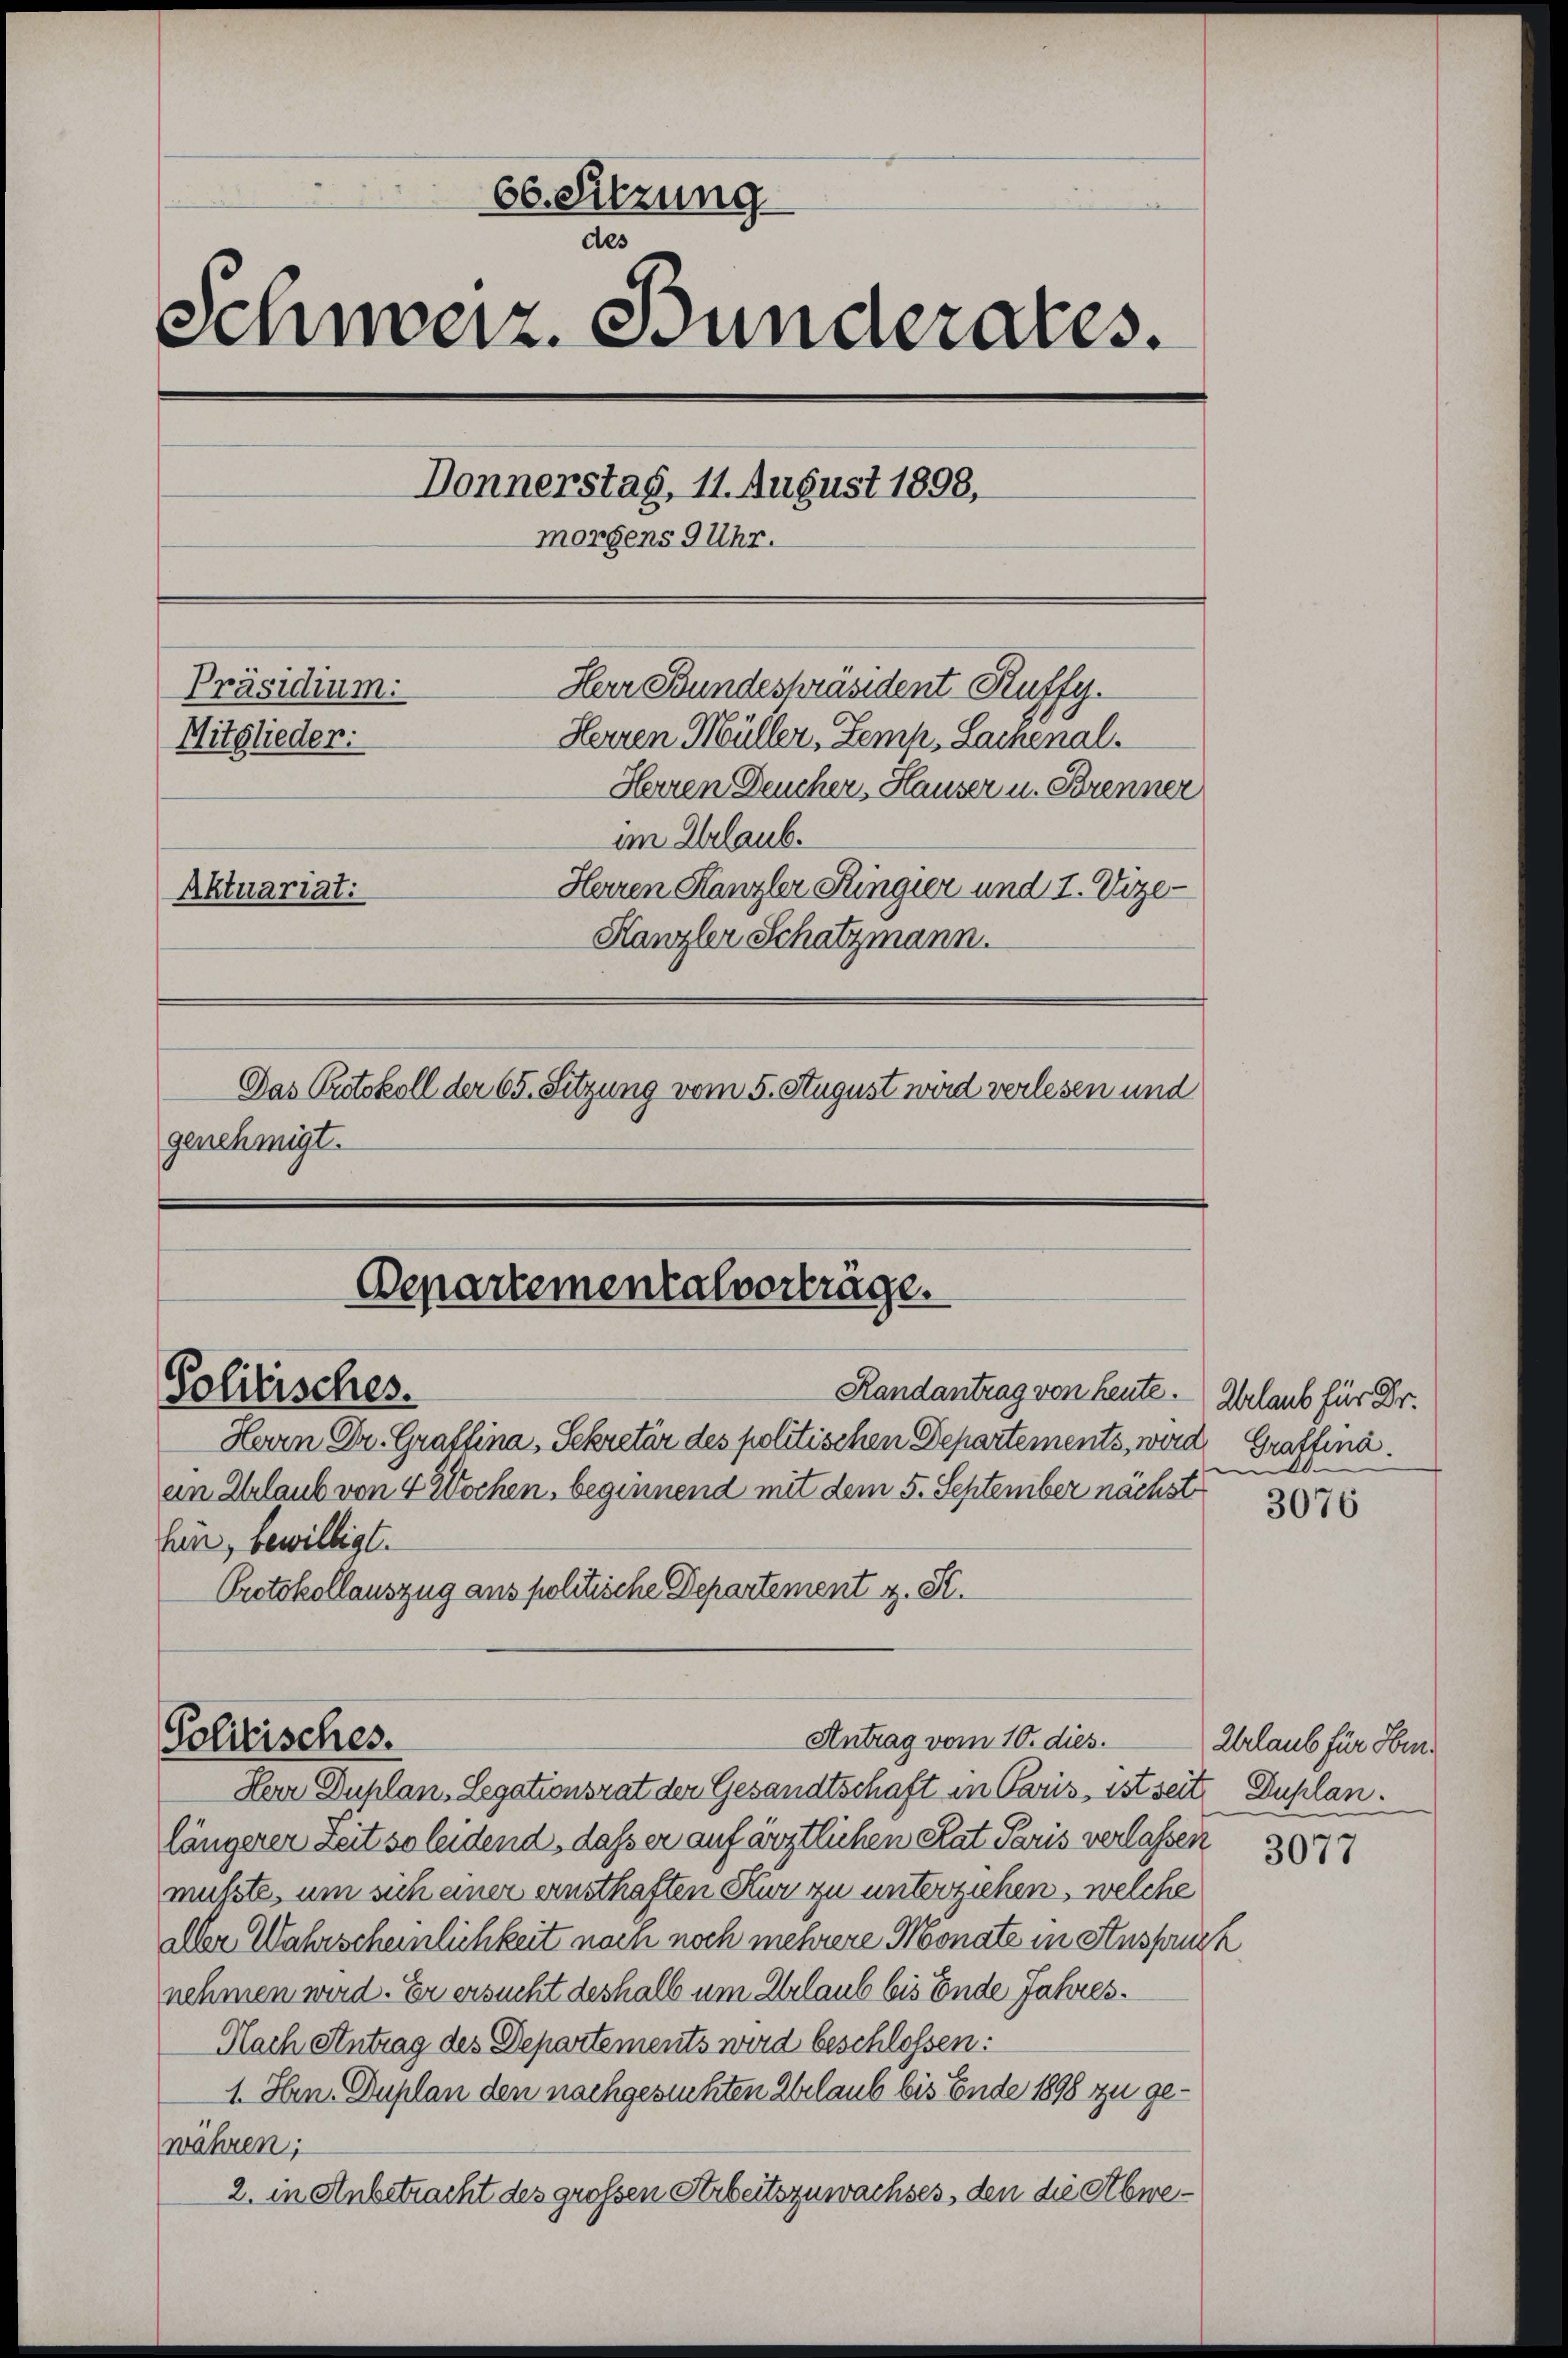
66. Sitzung
des
Schweiz. Bunderates.
Donnerstag, 11. August 1898,
morgens 9 Uhr.
Herr Bundespräsident Kuffy.
Präsidium.
Herren Müller, Zemp, Lachenal.
Mitglieder:
Herren Deucher, Hauser u. Strenner
an Urlaub.
Herren Kanzler Ringier und 7. Vize-
Aktuariat:
Hanzler Schatzmann.
Das Protokoll der 65. Setzung vom 5. August wird verlesen und
genehmigt.

Herr Duplan, Legationsrat der Gesandtschaft in Paris, ist seit Duplan.
längerer Zeit so leidend, dass er auf ärztlichen Rat Paris verlassen
mußte, um sich einer ernsthaften Kur zu unterziehen, welche
Aber Wahrscheinlichkeit noch noch mehrere Monate in Anspruch
nehmen wird. Er ersucht deshalb um Urlaub bis Ende Jahres.
Nach Antrag des Departements wird beschlossen:
1. Hrn. Duplan den nachgesuchten Urlaub bis Ende 1898 zu gewähren;
2. in Anbetracht des grossen Arbeitszuwachses, den die Abwe¬

Departementalverträge.
Solitisches.
Handantrag von heute. Urlaub für Dr.
Herrn Dr. Graffina, Sekretär des politischen Departements, werd
ein Erlaub von 4 Wochen, beginnend mit dem 5. September nächst
hin, bewilligt.
Protokollauszug aus politische Departement z. St.
Antrag vom 10. dies.
Politisches.

Grattina.
e

3076

Urlaub für Hrn.

3077